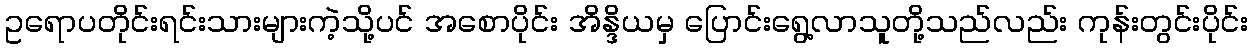
ဥရောပတိုင်းရင်းသားများကဲ့သို့ပင် အစောပိုင်း အိန္ဒိယမှ ပြောင်းရွေ့လာသူတို့သည်လည်း ကုန်းတွင်းပိုင်း